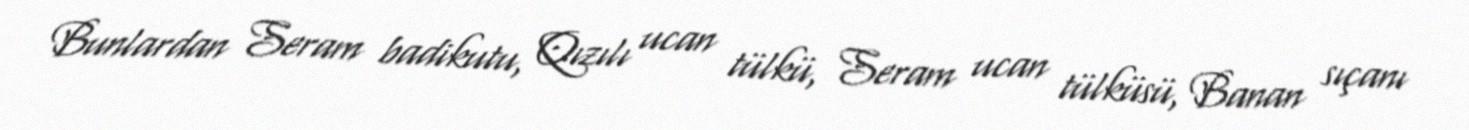
Bunlardan Seram badikutu, Qızılı ucan tülkü, Seram ucan tülküsü, Banan sıçanı